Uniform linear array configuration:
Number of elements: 64
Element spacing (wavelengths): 0.25
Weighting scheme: exponential
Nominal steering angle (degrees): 30
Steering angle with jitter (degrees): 30.856
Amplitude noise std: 0.05
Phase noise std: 0.05

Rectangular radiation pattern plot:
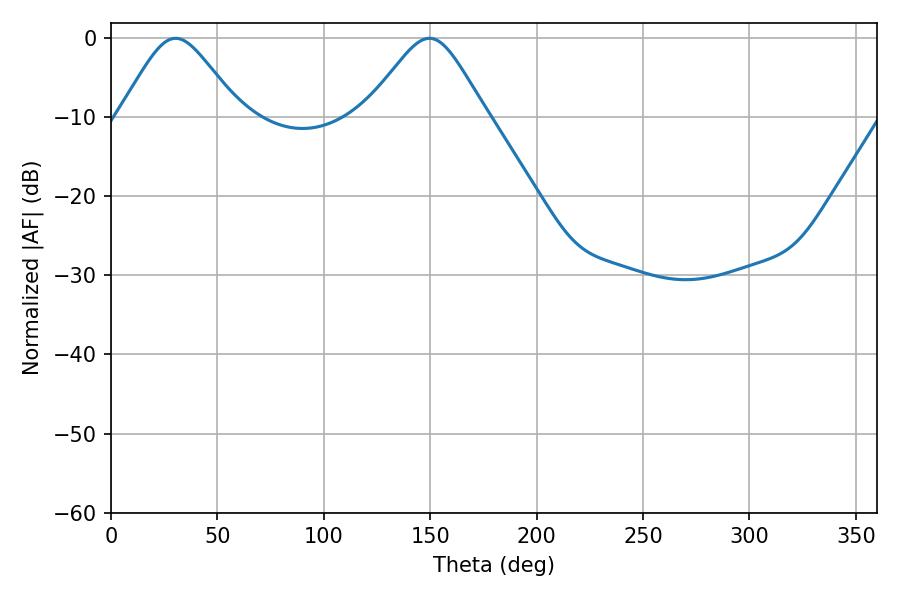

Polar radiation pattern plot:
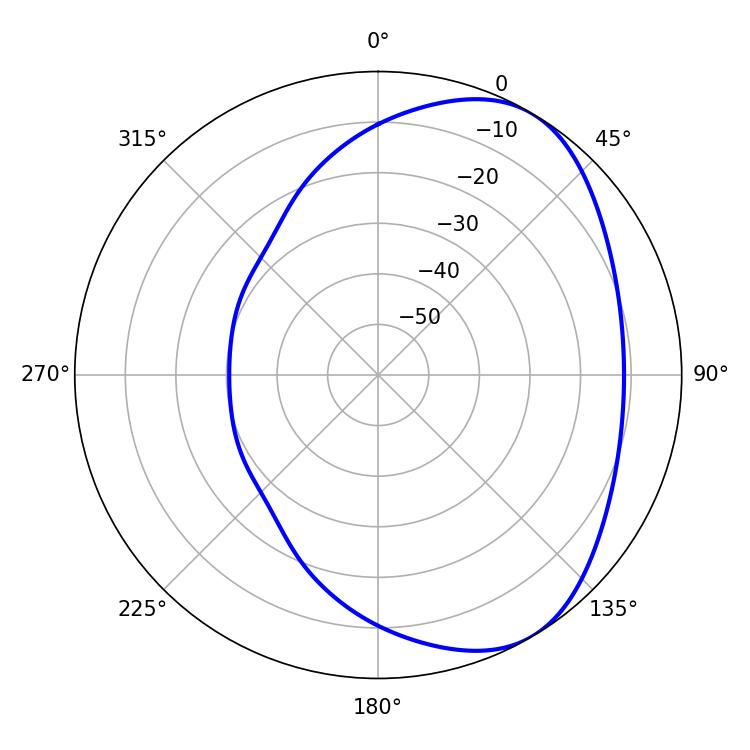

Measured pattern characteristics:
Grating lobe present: FALSE
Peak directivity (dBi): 4.995
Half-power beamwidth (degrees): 27.36
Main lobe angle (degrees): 30.42